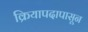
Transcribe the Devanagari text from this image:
क्रियापदापासून